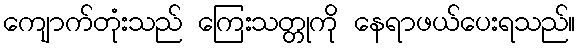
ကျောက်တုံးသည် ကြေးသတ္တုကို နေရာဖယ်ပေးရသည်။